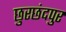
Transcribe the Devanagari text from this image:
छुरछंदपुर